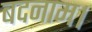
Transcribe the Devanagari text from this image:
बदनाम।